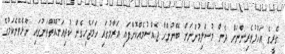
ގެރީގެ އަހުލުވެރިންނަށް ދެން މުސްލިމުންނަށް ބޭނުންހާ ޖެއްސުމެއްކޮށްފައި އަރާމުގައި ހަމަޖެހިގެން ކުރިއަށްއޮތްތަނުގައި ނޫޅެވޭނެކަމުގެ